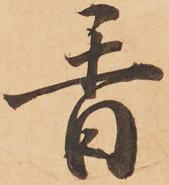
香